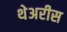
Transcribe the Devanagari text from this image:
थेअरीस